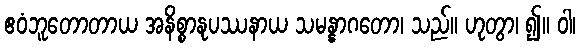
ဧဝံဘူတောတာယ အနိစ္စာနုပဿနာယ သမန္နာဂတော၊ သည်။ ဟုတွာ၊ ၍။ ဝါ၊